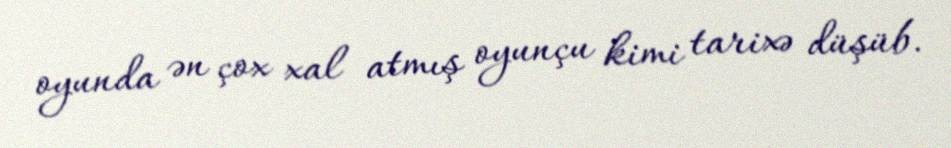
oyunda ən çox xal atmış oyunçu kimi tarixə düşüb.